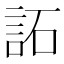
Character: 𧦳